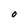
Character: O